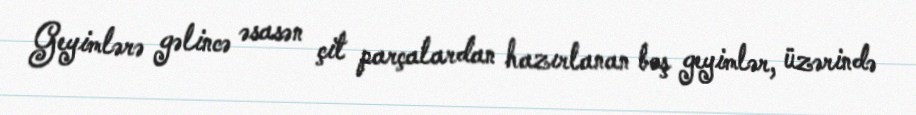
Geyimlərə gəlincə əsasən çit parçalardan hazırlanan boş geyimlər, üzərində